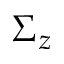
\Sigma _ { z }